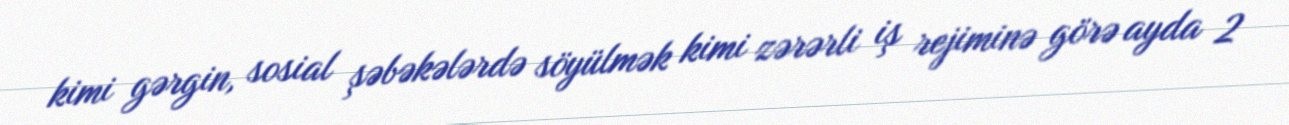
kimi gərgin, sosial şəbəkələrdə söyülmək kimi zərərli iş rejiminə görə ayda 2